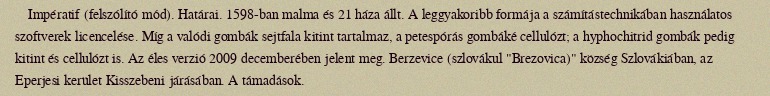
Impératif (felszólító mód). Határai. 1598-ban malma és 21 háza állt. A leggyakoribb formája a számítástechnikában használatos szoftverek licencelése. Míg a valódi gombák sejtfala kitint tartalmaz, a petespórás gombáké cellulózt; a hyphochitrid gombák pedig kitint és cellulózt is. Az éles verzió 2009 decemberében jelent meg. Berzevice (szlovákul "Brezovica)" község Szlovákiában, az Eperjesi kerület Kisszebeni járásában. A támadások.